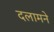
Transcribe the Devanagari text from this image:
दलामने